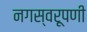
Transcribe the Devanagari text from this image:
नगस्वरूपणी